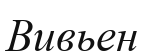
Вивьен